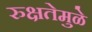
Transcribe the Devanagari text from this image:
रुक्षतेमुळे